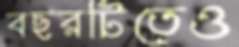
বছরটিতেও